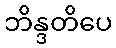
ဘိန္ဒတိပေ